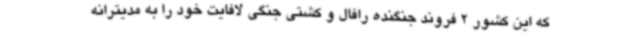
که این کشور 2 فروند جنگنده رافال و کشتی جنگی لافایت خود را به مدیترانه